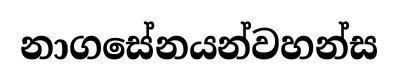
නාගසේනයන්වහන්ස